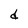
Character: d